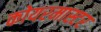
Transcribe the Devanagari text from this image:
कोयरमास्टर